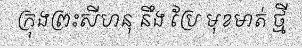
ក្រុងព្រះសីហនុ នឹង ប្រែ មុខមាត់ ថ្មី